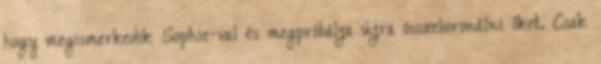
hogy megismerkedik Sophie-val és megpróbálja újra összeboronálni őket. Csak